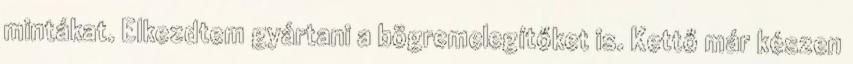
mintákat. Elkezdtem gyártani a bögremelegítőket is. Kettő már készen